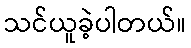
သင်ယူခဲ့ပါတယ်။